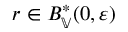
r \in B _ { \mathbb { V } } ^ { * } ( 0 , \varepsilon )